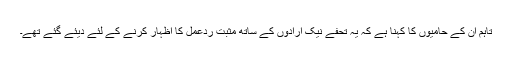
تاہم اُن کے حامیوں کا کہنا ہے کہ یہ تحفے نیک ارادوں کے ساتھ مثبت ردعمل کا اظہار کرنے کے لئے دیئے گئے تھے۔